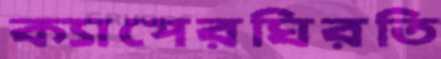
ক্যাপেরঘিরতি